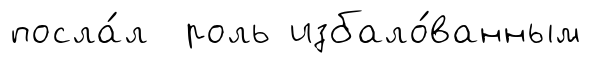
посла́л роль избало́ванным